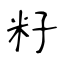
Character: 籽